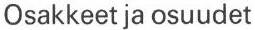
Osakkeet ja osuudet